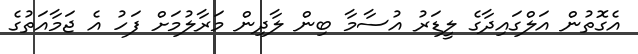
އެގޮތުން އަލްގައިދާގެ ލީޑަރު އުސާމާ ބިން ލާދިން މަރާލުމަށް ފަހު އެ ޖަމާއަތުގެ